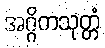
အဂ္ဂိကသုတ္တံ